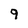
Character: 9